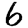
Digit: 6